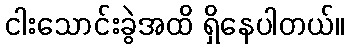
ငါးသောင်းခွဲအထိ ရှိနေပါတယ်။